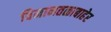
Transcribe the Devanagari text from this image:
विमानतळाबाहेर